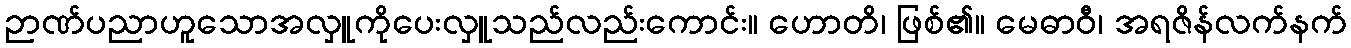
ဉာဏ်ပညာဟူသောအလှူကိုပေးလှူသည်လည်းကောင်း။ ဟောတိ၊ ဖြစ်၏။ မေဓာဝီ၊ အရဇိန်လက်နက်